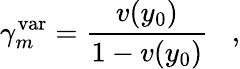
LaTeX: \gamma_{m}^{\mathrm{var}}={\frac{v(y_{0})}{1-v(y_{0})}}\; \; \; ,